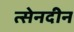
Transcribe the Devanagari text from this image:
त्सेनदीन